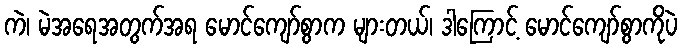
ကဲ၊ မဲအရေအတွက်အရ မောင်ကျော်စွာက များတယ်၊ ဒါကြောင့် မောင်ကျော်စွာကိုပဲ